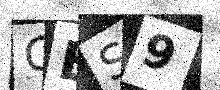
Text: GBS9